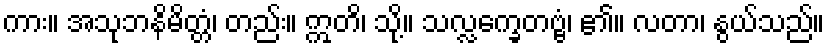
ကား။ အသုဘနိမိတ္တံ၊ တည်း။ ဣတိ၊ သို့။ သလ္လက္ခေတဗ္ဗံ၊ ၏။ လတာ၊ နွယ်သည်။